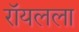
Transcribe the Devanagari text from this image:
रॉयलला